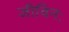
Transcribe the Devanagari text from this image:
जीविनः